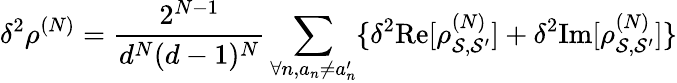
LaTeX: \delta^{2}\rho^{(N)}=\frac{2^{N-1}}{d^{N}(d-1)^{N}}\sum_{\forall n,a_{n}\neq a_{n}^{\prime}}\{ \delta^{2}\mathrm{Re}[\rho_{\mathcal{S},\mathcal{S}^{\prime}}^{(N)}]+\delta^{2}\mathrm{Im}[\rho_{\mathcal{S},\mathcal{S}^{\prime}}^{(N)}]\}